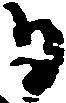
日